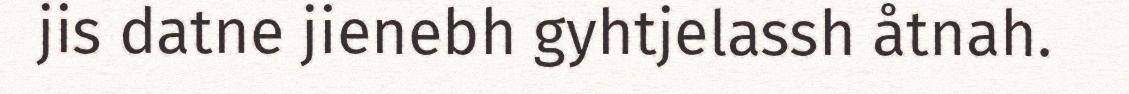
jis datne jienebh gyhtjelassh åtnah.